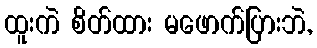
ထူးကဲ စိတ်ထား မဖောက်ပြားဘဲ,